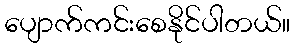
ပျောက်ကင်းစေနိုင်ပါတယ်။